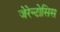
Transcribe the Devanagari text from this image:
जेरेन्टोसिस